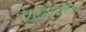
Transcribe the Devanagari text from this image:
देवाणघेवाणीचा